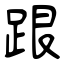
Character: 跟